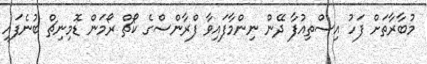
މުބާރާތަށް ފަހު އިސްތިއުފާ ދޭން ނިންމާފައިވާ ފްރާންސްގެ ކޯޗް ރޯމަން ޑޮމިނިޗް ބުނެފައި